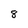
Character: 8